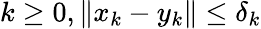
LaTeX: k\geq 0,\| x_{k}-y_{k}\| \leq\delta_{k}